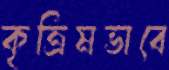
কৃত্রিমভাবে